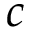
c